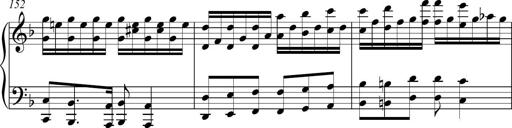
Title: Piano Sonatina in A major
Composer: Z Q Sysmoebius
Key: A major